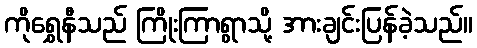
ကိုရွှေနီသည် ကြိုးကြာရွာသို့ အားချင်းပြန်ခဲ့သည်။